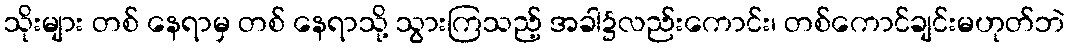
သိုးများ တစ် နေရာမှ တစ် နေရာသို့ သွားကြသည့် အခါ၌လည်းကောင်း၊ တစ်ကောင်ချင်းမဟုတ်ဘဲ